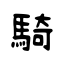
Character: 騎